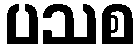
ပသစ